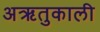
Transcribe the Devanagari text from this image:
अऋतुकाली